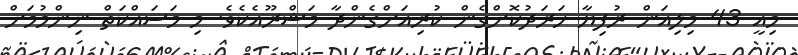
މިއީ 43 މިލިއަން ރުފިޔާ ހަރަދުކޮށްގެން ކުރިއަށްގެންދާ މަޝްރޫއެކެވެ. މި މަސައްކަތް ނިންމުމަށް